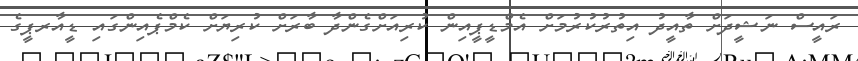
ރައީސް ނަޝީދަށް ތާއީދު އިތުރުކުރުމަށް އެމްޑީޕީއިން ކުރިއަށްގެންދާ ބާރަށް ކުރިޔަށް ކެމްޕެއިންގައި ޑީއާރޕީގެ